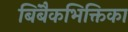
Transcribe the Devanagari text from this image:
बिंबैकभिक्तिका